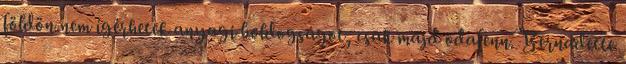
földön nem ígérhetek anyagi boldogságot, csak majd odafenn. Bernadette